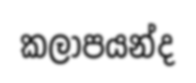
කලාපයන්ද